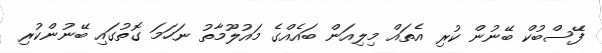
ފޭސްބުކް ބޭނުން ކުރި އެތައް މިލިއަން ބައެއްގެ މައުލޫމާތު ނަހަމަ ގޮތުގައި ބޭނުންކުރި